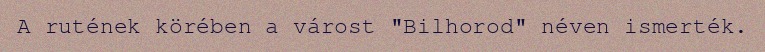
A rutének körében a várost "Bilhorod" néven ismerték.